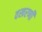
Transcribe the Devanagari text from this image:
वखरणी